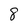
Character: 8